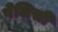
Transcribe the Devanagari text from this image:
पेलिसी